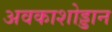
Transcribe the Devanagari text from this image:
अवकाशोड्डान